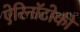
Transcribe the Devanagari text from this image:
ऐरिनॉटोकी